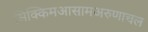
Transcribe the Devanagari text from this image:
सिक्किमआसामअरुणाचल